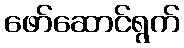
ဖော်ဆောင်ရွက်